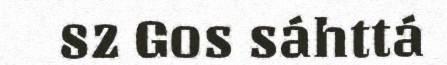
82 Gos sáhttá